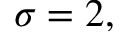
\sigma = 2 ,